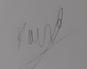
Signature authenticity: genuine